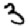
Digit: 3